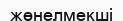
жөнелмекші